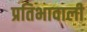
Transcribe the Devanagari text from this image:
प्रतिभावाली